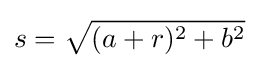
s={\sqrt {(a+r)^{2}+b^{2}}}